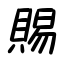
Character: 賜